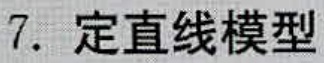
7. 定直线模型